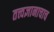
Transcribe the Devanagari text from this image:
तत्त्वज्ञानाचाच